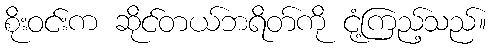
စိုးဝင်းက ဆိုင်တယ်ဘရိတ်ကို ငုံ့ကြည့်သည်။